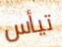
تيأس